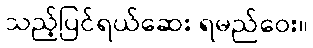
သည့်ပြင်ရယ်ဆေး ရမည်ဝေး။